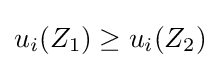
u_{i}(Z_{1})\geq u_{i}(Z_{2})